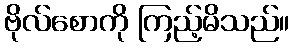
ဗိုလ်စောကို ကြည့်မိသည်။